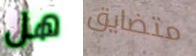
هل متضايق